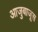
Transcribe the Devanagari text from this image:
आजुबाजूस